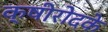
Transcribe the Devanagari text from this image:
क्षीरोदके